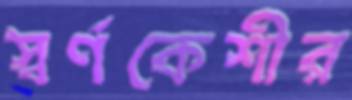
স্বর্ণকেশীর